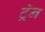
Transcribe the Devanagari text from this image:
ट्रॅन